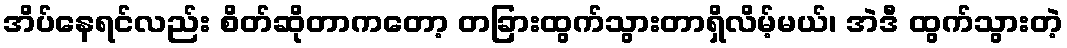
အိပ်နေရင်လည်း စိတ်ဆိုတာကတော့ တခြားထွက်သွားတာရှိလိမ့်မယ်၊ အဲဒီ ထွက်သွားတဲ့